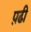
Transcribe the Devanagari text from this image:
प़ढी